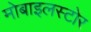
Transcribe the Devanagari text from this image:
मोबाइलस्टोर